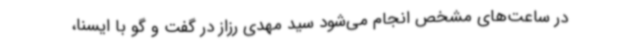
در ساعت‌های مشخص انجام می‌شود سید مهدی رزاز در گفت و گو با ایسنا،